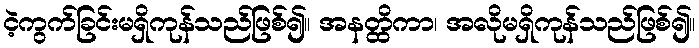
ငဲ့ကွက်ခြင်းမရှိကုန်သည်ဖြစ်၍။ အနတ္ထိကာ၊ အလိုမရှိကုန်သည်ဖြစ်၍။